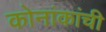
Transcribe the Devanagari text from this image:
कोनांकांची